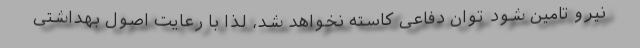
نیرو تامین شود توان دفاعی کاسته نخواهد شد، لذا با رعایت اصول بهداشتی